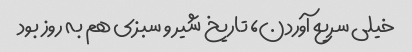
خیلی سریع آوردن، تاریخ شیر و سبزی هم به روز بود